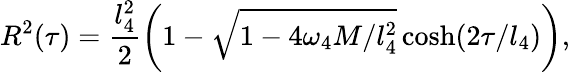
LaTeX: R^{2}(\tau)=\frac{l_{4}^{2}}{2}\left(1-\sqrt{1-4\omega_{4}M/l_{4}^{2}}\cosh(2\tau/l_{4})\right),